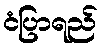
ငံပြာရည်